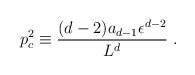
\begin{align*}p_c^2\equiv {(d-2)a_{d-1}\epsilon^{d-2}\over L^d}~.\end{align*}